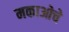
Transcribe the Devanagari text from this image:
मकाओचे